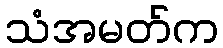
သံအမတ်က